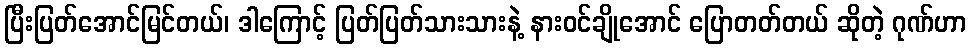
ပြီးပြတ်အောင်မြင်တယ်၊ ဒါကြောင့် ပြတ်ပြတ်သားသားနဲ့ နားဝင်ချိုအောင် ပြောတတ်တယ် ဆိုတဲ့ ဂုဏ်ဟာ